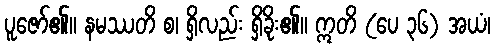
ပူဇော်၏။ နမဿတိ စ၊ ရှိလည်း ရှိခိုး၏။ ဣတိ (ပေ ၃၆) အယံ၊